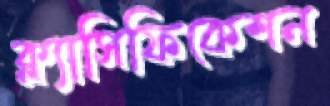
ক্ল্যাসিফিকেশন